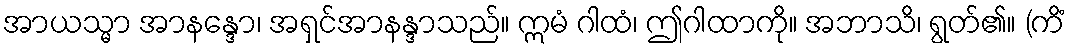
အာယသ္မာ အာနန္ဒော၊ အရှင်အာနန္ဒာသည်။ ဣမံ ဂါထံ၊ ဤဂါထာကို။ အဘာသိ၊ ရွတ်၏။ (ကိံ